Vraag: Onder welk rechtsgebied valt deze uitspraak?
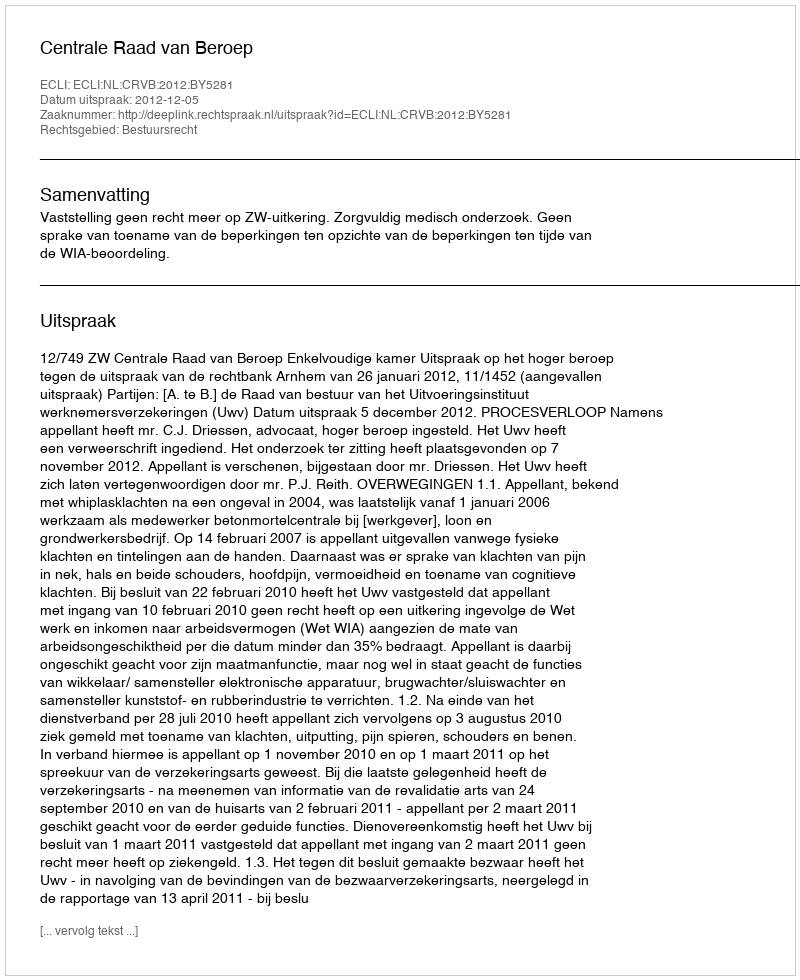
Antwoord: Bestuursrecht